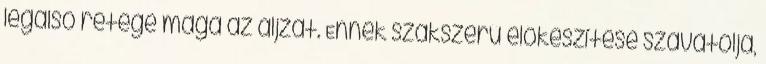
legalsó rétege maga az aljzat. Ennek szakszerű előkészítése szavatolja,